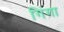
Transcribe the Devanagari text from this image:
गिंगा